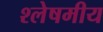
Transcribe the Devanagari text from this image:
श्लेषमीय